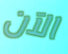
الآن